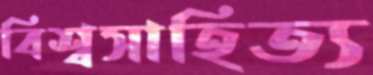
বিশ্বসাহিত্য